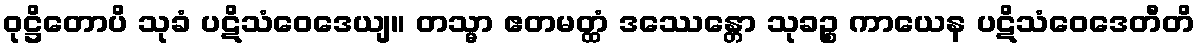
ဝုဋ္ဌိတောပိ သုခံ ပဋိသံဝေဒေယျ။ တသ္မာ ဧတမတ္ထံ ဒဿေန္တော သုခဉ္စ ကာယေန ပဋိသံဝေဒေတီတိ